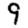
Digit: 9